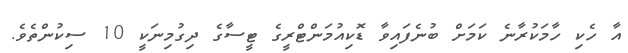
އާ ހެކި ހާމަކުރާނެ ކަމަށް ބުނެފައިވާ ޑޮކިއުމަންޓްރީގެ ޓީސާގެ ދިގުމިނަކީ 10 ސިކުންތެވެ.